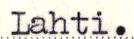
Lahti.